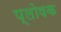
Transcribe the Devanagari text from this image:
प्लोषक